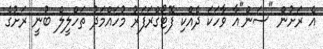
އެ ރަށުން "ސަން"އާ ވާހަކަ ދެއްކި ފޮޓޯގްރަފަރު މުހައްމަދު ތަހްލީލް ބުނީ ރަށުގެ